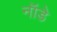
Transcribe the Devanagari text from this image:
नॉडे